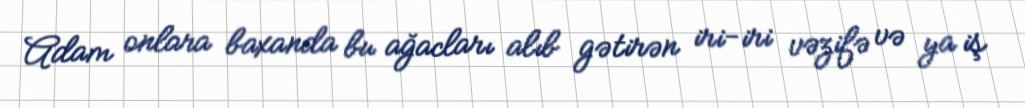
Adam onlara baxanda bu ağacları alıb gətirən iri-iri vəzifə və ya iş